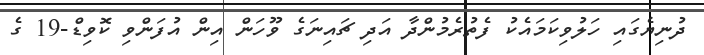
ދުނިޔެގައި ހަލުވިކަމައެކު ފެތުރެމުންދާ އަދި ޗައިނަގެ ވޫހަން އިން އުފަންވި ކޮވިޑް-19 ގެ